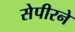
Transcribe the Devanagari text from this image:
सेपीरने